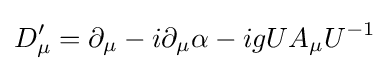
D'_{\mu }=\partial _{\mu }-i\partial _{\mu }\alpha -igUA_{\mu }U^{-1}